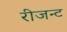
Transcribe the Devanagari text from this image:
रीजन्ट